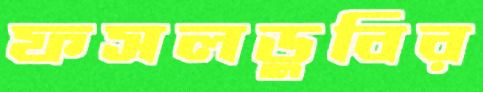
ফসলডুবির